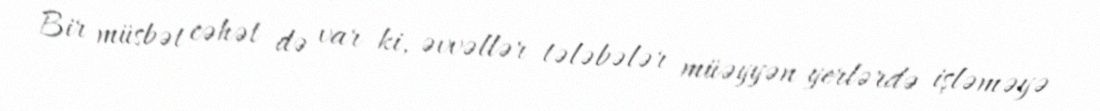
Bir müsbət cəhət də var ki, əvvəllər tələbələr müəyyən yerlərdə işləməyə